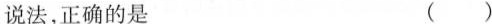
说法，正确的是 ( )